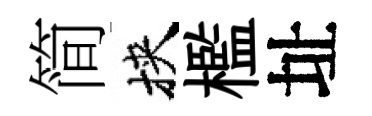
简挾檻址